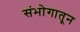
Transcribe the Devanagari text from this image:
संभोगातून